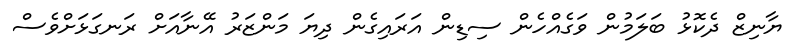
ޔާނިޒް ދެކޮޅު ބަލަމުން ވަގެއްހެން ސިޑިން އަރައިގެން ދިޔަ މަންޒަރު އޭނާއަށް ރަނގަޅަށްވެސް